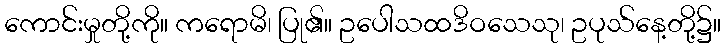
ကောင်းမှုတို့ကို။ ကရောမိ၊ ပြု၏။ ဥပေါသထဒိဝသေသု၊ ဥပုသ်နေ့တို့၌။